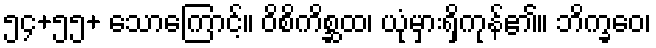
၅၄+၅၅+ သောကြောင့်။ ဝိစိကိစ္ဆထ၊ ယုံမှားရှိကုန်၏။ ဘိက္ခဝေ၊